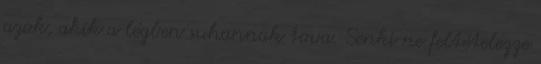
azok, akik a légben suhannak tova. Senki ne feltételezze